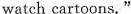
watch cartcons."